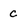
Character: c